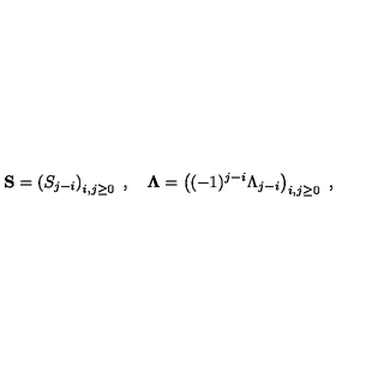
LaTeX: { \bf S } = \left( S _ { j - i } \right) _ { i , j \geq 0 } \ , \quad { \bf \Lambda } = \left( ( - 1 ) ^ { j - i } \Lambda _ { j - i } \right) _ { i , j \geq 0 } \ ,